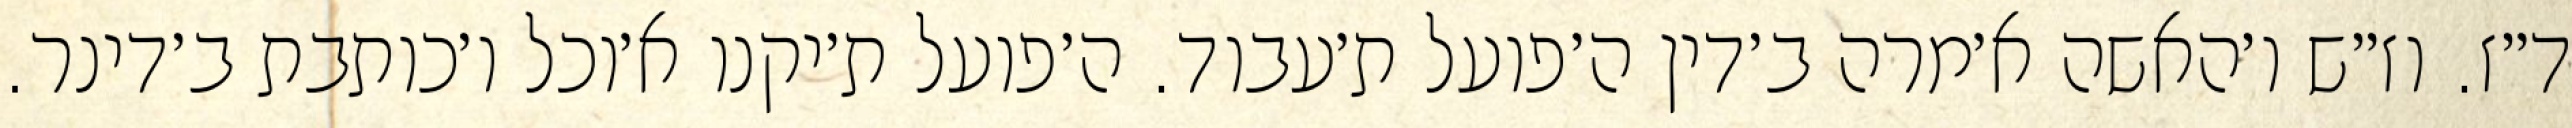
ד״ז. וז״ש ו׳האשה א׳מרה ב׳דין ה׳פועל ת׳עבוד. ה׳פועל ת׳יקנו א׳וכל ו׳כותבת ב׳דינר.